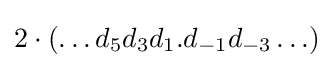
2\cdot (\ldots d_{5}d_{3}d_{1}.d_{-1}d_{-3}\ldots )